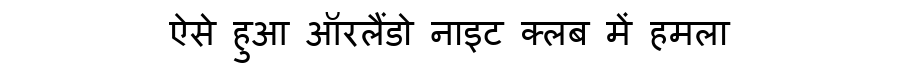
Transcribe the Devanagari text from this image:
ऐसे हुआ ऑरलैंडो नाइट क्लब में हमला